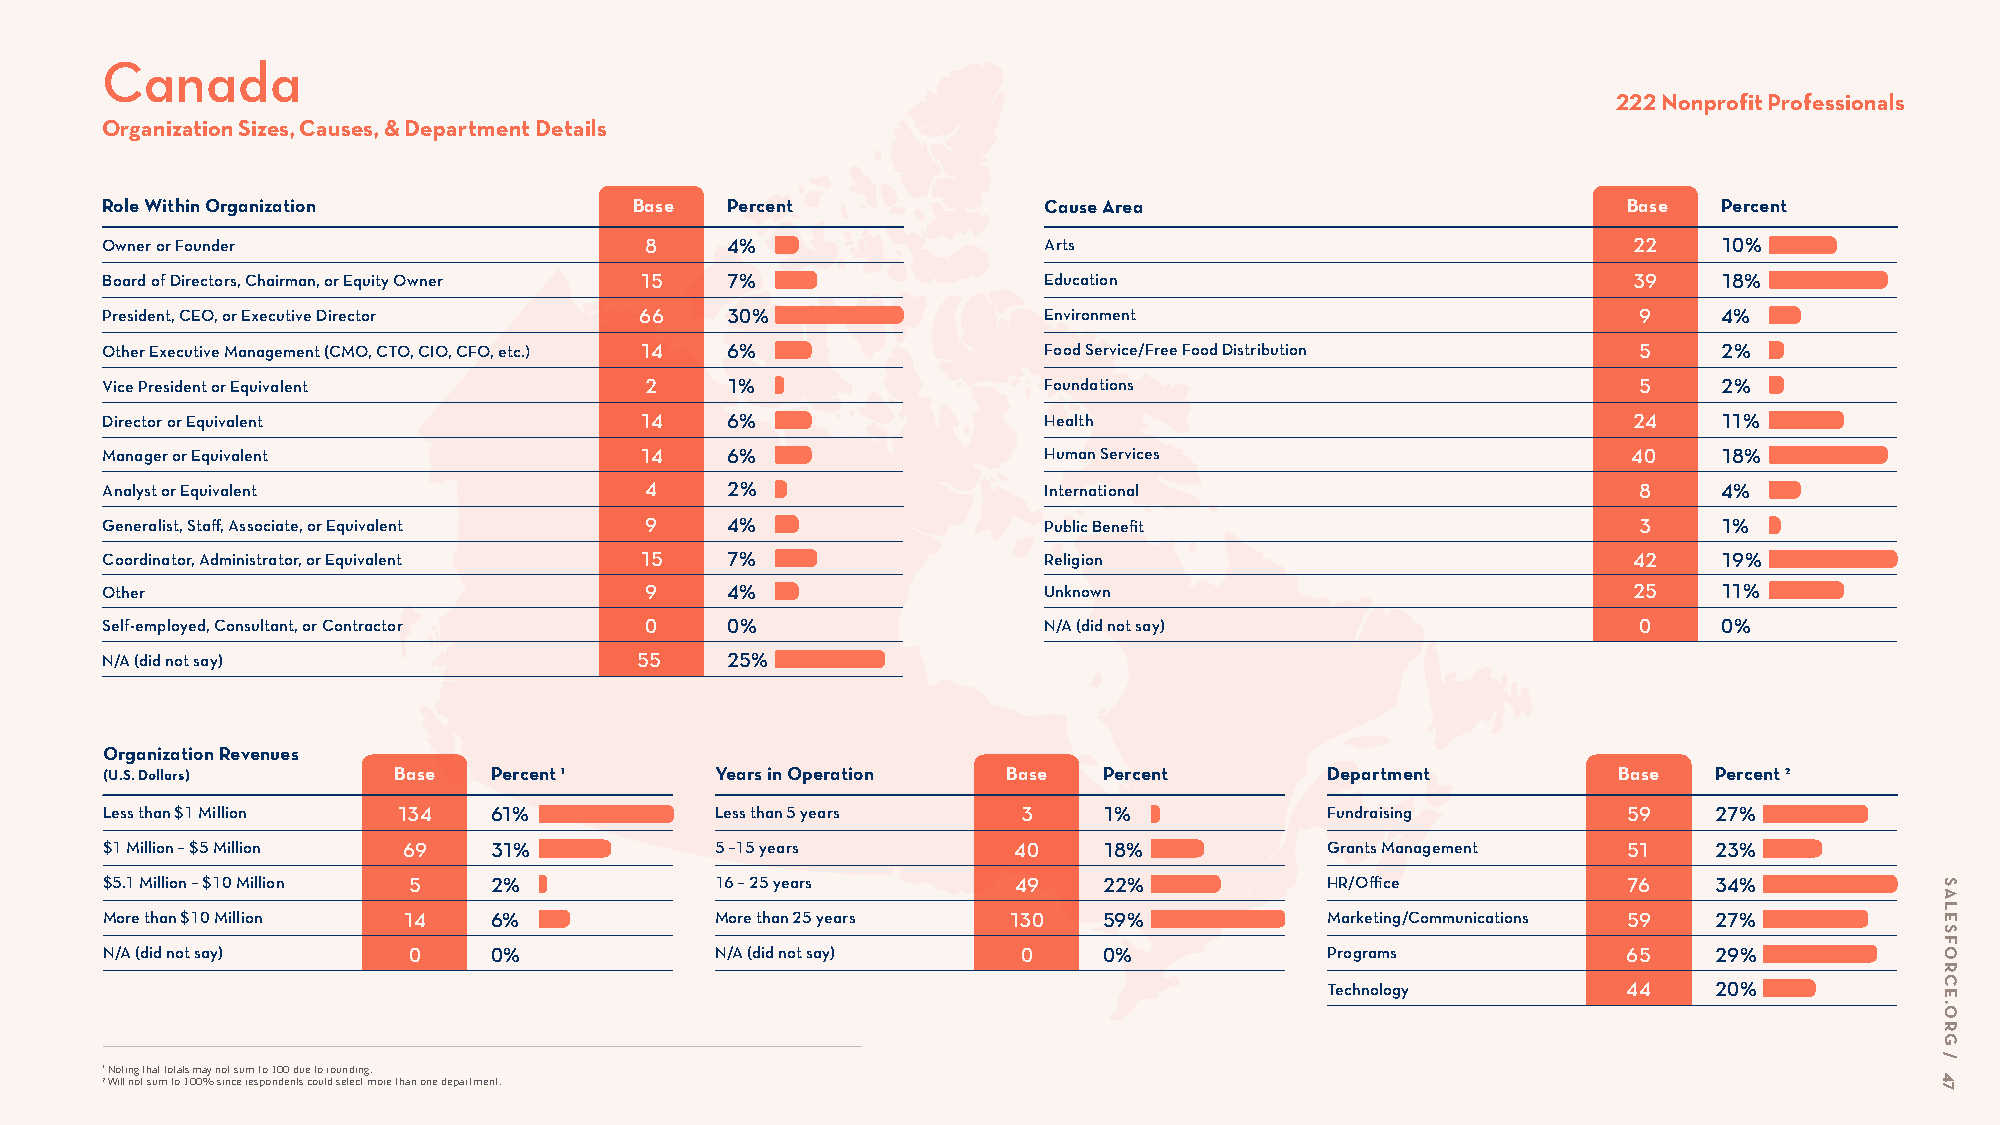
Canada
 222 Nonprofit Professionals
 Organization Sizes, Causes, & Department Details
 Role Within Organization           Base  Percent              Cause Area                             Base  Percent
 Owner or Founder                    8    4%                   Arts                                   22    10%
 Board of Directors, Chairman, or Equity Owner 15 7%           Education                              39    18%
 President, CEO, or Executive Director 66 30%                  Environment                             9    4%
 Other Executive Management (CMO, CTO, CIO, CFO, etc.) 14 6%   Food Service/Free Food Distribution     5    2%
 Vice President or Equivalent        2    1%                   Foundations                             5    2%
 Director or Equivalent             14    6%                   Health                                 24    11%
 Manager or Equivalent              14    6%                   Human Services                         40    18%
 Analyst or Equivalent               4    2%                   International                           8    4%
 Generalist, Staff, Associate, or Equivalent 9 4%              Public Benefit                          3    1%
 Coordinator, Administrator, or Equivalent 15 7%               Religion                               42    19%
 Other                               9    4%                   Unknown                                25    11%
 Self-employed, Consultant, or Contractor 0 0%                 N/A (did not say)                       0    0%
 N/A (did not say)                  55    25%
 Organization Revenues
 (U.S. Dollars)     Base  Percent 1      Years in Operation  Base  Percent        Department         Base  Percent 2
 Less than $1 Million 134 61%            Less than 5 years    3    1%             Fundraising         59   27%
 $1 Million – $5 Million 69 31%          5 –15 years         40    18%            Grants Management   51   23%
 $5.1 Million – $10 Million 5 2%         16 – 25 years       49    22%            HR/Office           76   34%
 More than $10 Million 14 6%             More than 25 years  130   59%            Marketing/Communications 59 27%
 N/A (did not say)   0    0%             N/A (did not say)    0    0%             Programs            65   29%
 Technology          44   20%
 1 Noting that totals may not sum to 100 due to rounding.
 2 Will not sum to 100% since respondents could select more than one department.
 SALESFORCE.ORG
 /
 47